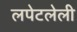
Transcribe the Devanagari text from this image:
लपेटलेली